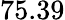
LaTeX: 75.39